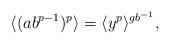
LaTeX: \begin{align*}\langle (ab^{p-1})^p\rangle=\langle y^p\rangle^{gb^{-1}},\end{align*}